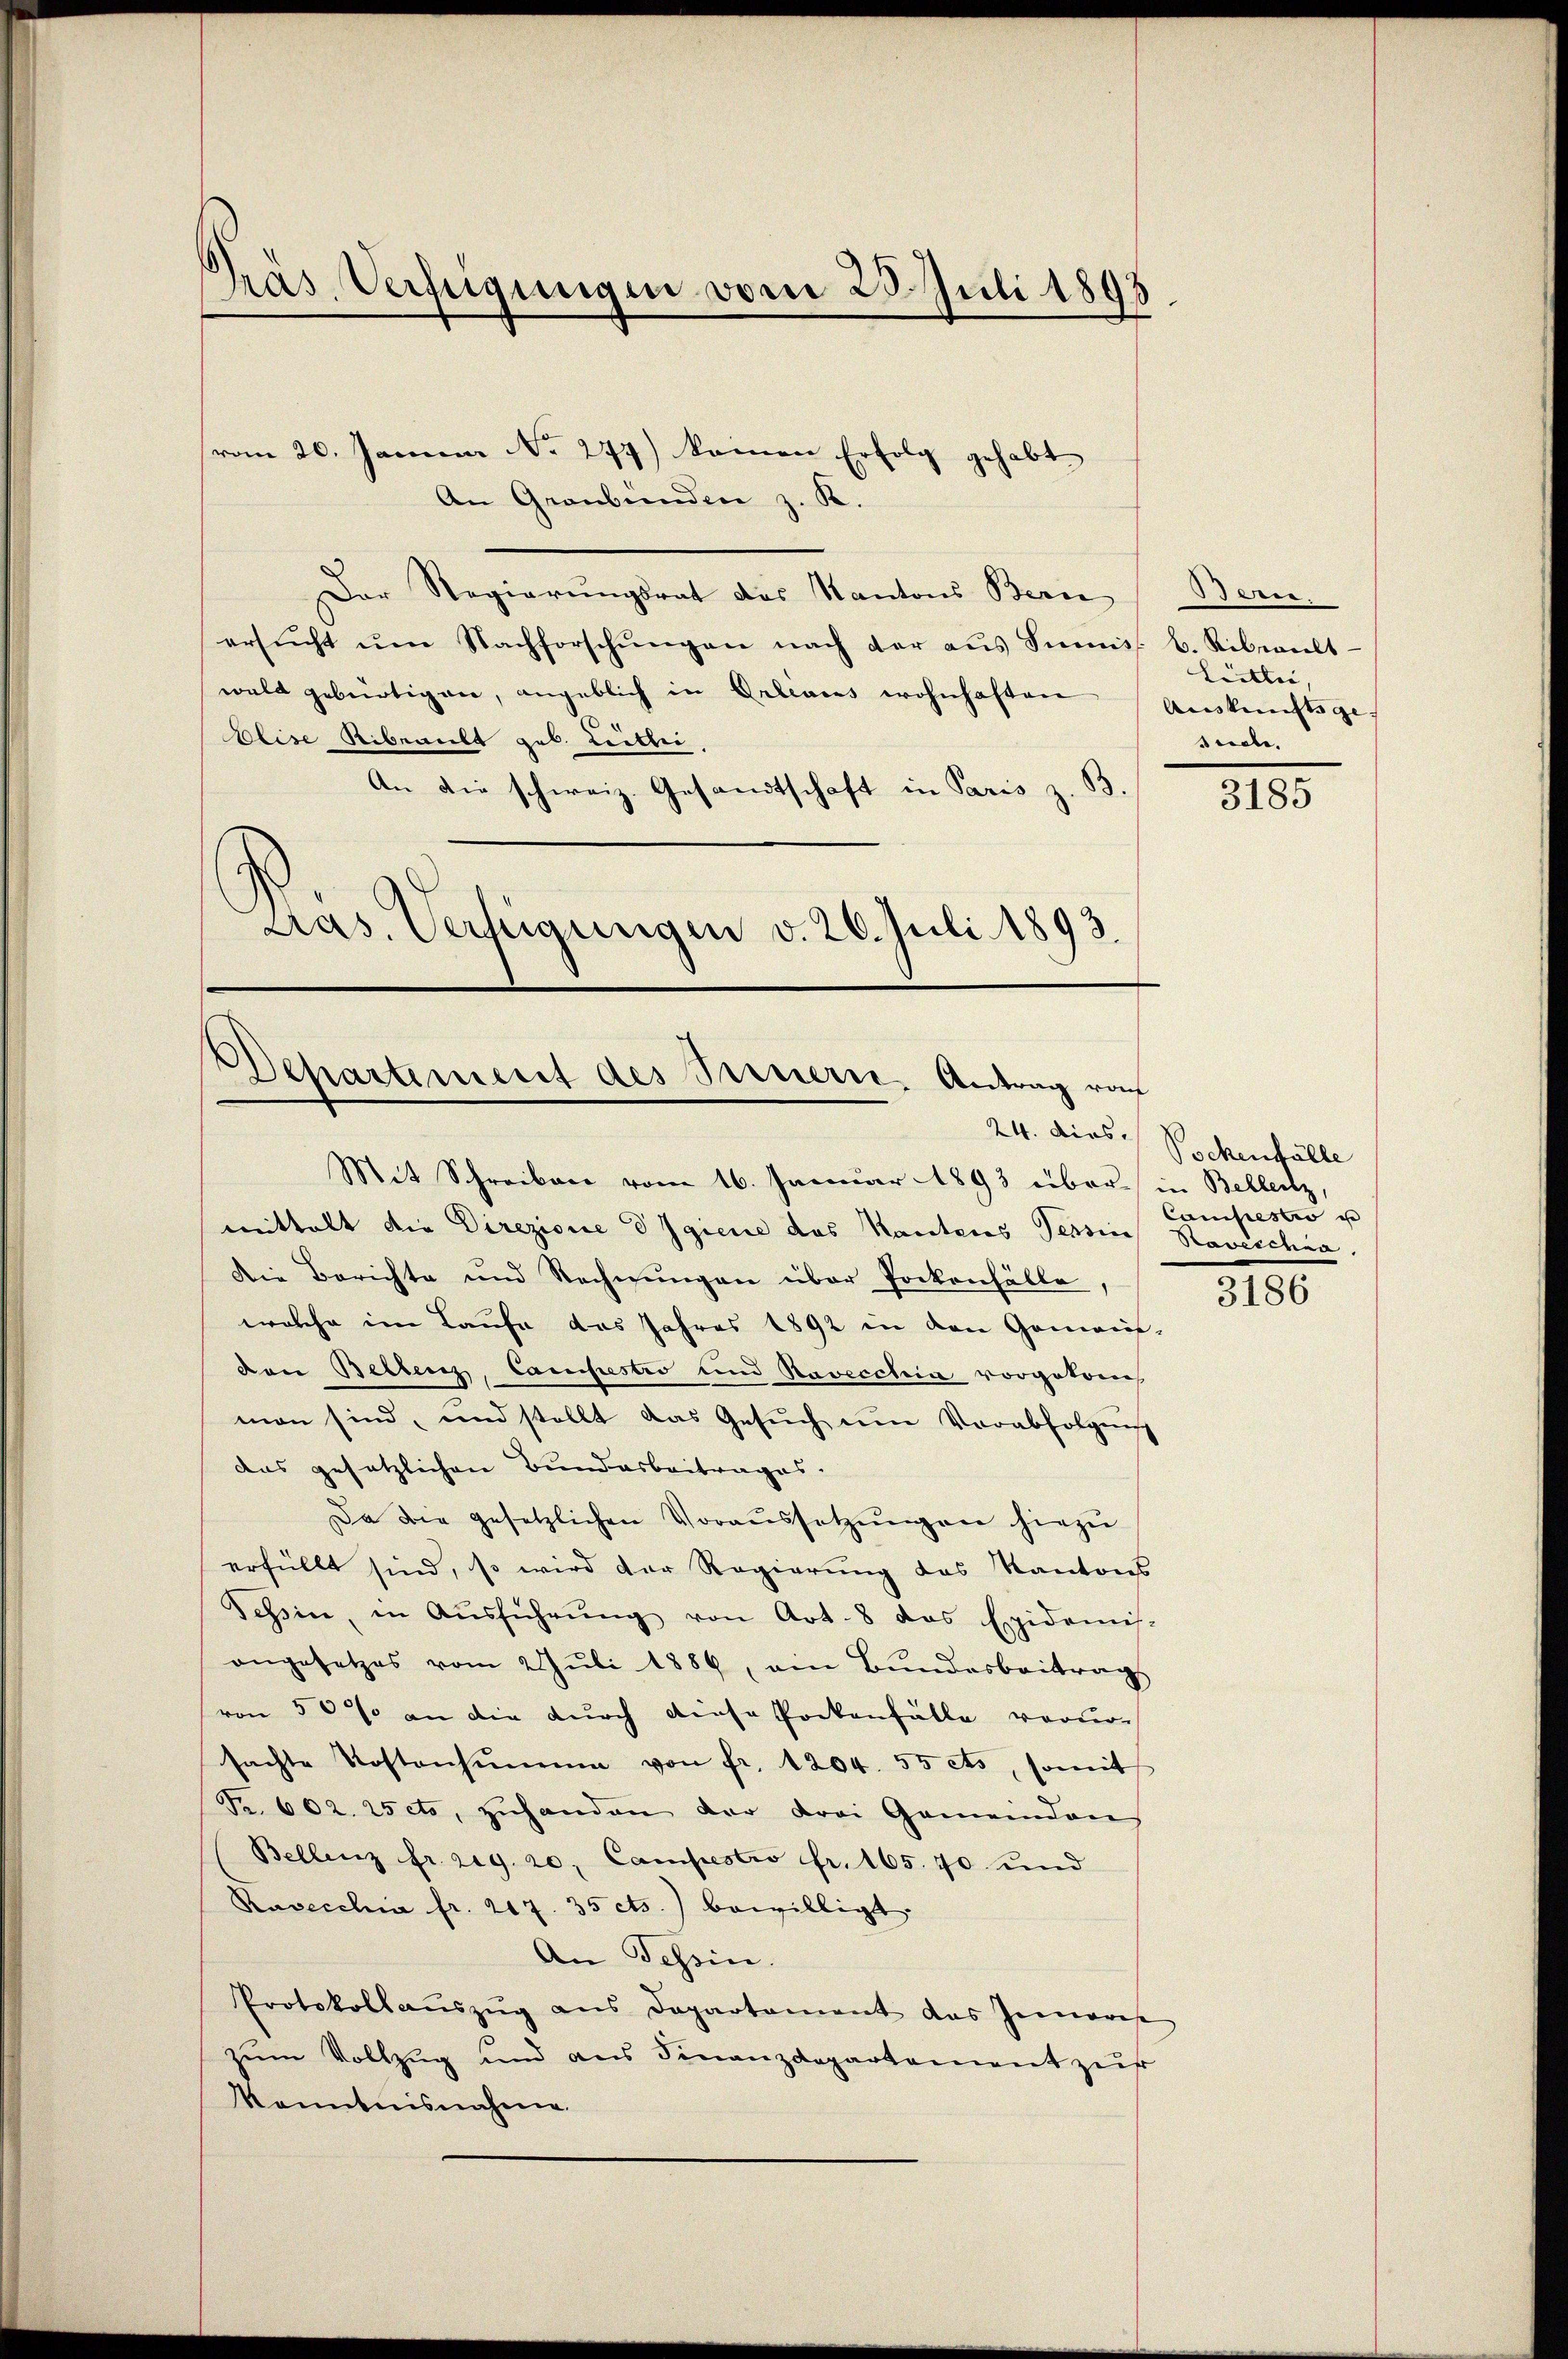
Präs. Verfügungen vom 25. Juli 1895
f

vom 20. Januar No. 277) keinen Erfolg gehabt
An Graubünden z. K.
Der Regierŭngsrat des Kantons Bern
ersŭcht ŭm Nachforschŭngen nach der aŭs Immiss u. Ribwalt-
wald gebürtigen, angeblich in Orleares wohnhaften
Elise Siberitt geb. Leitlei
An die schweiz. Gesandtschaft in Paris z. B.
Pras. Verfügungen v. 26. Juli 1893.

.
Departiment des Sarnern, Antrag rof

Mit Schreiben vom 16. Januar 1893 über in Bellentz
mittelt die Direzione d Igiene das Kantons Tessin, Ravischen.
Die Berichte und Rechnungen über Pockenfälle
welche im Laufe das Jahres 1892 in den Gemein-
von Bellenz, Campestio und Ravecchia vorgetren
man sind, und stellt das Gesŭch um Verabfolgen
das gesetzlichen Bundesbeitrages.
Da die gesetzlichen Voraŭssetzŭngen hiezŭ
erfüllt sind, so wird der Regierung des Kantons
Tessin, in Aŭsführŭng von Art. 8 das Epidemis-
angesetzes vom 2 Juli 1889, am Bundesbeitrags
von 50 % an die durch diese Pockenfälle verursachte Kostensŭmme von fr. 1204. 55 cts, somit
Fr. 602. 15 cto, zŭhanden der drei Gemeinden
Bellenz fr. 2ig. 20. Campestro fr. 165. 70 und
Ravecchin fr. 217. 35 cts. bewilligt.
An Tessin.
Protokollauszug aus Departament das Gemarise
zum Vollzug und aus Finanzdepartement zur
Kenntnisnahme.

eee
Lietlii,
Auskunftsge- |
seele.

3185

24. diese Sachenfälle
Campestio u

3186